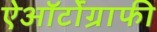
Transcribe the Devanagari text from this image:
ऐऑर्टोग्राफी